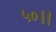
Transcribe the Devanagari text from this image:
५०।।